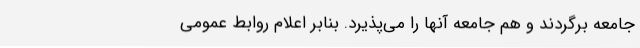
جامعه برگردند و هم جامعه آنها را می‌پذیرد. بنابر اعلام روابط عمومی